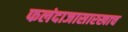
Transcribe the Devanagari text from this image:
फलंदाजासारखाच